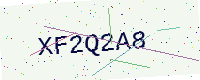
Text: XF2Q2A8